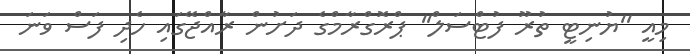
މިއީ ''ޔުނިޓީ ތުރޫ ފުޓްސަލް'' ޕްރޮގްރާމްގެ ދަށުން ރާއްޖޭގައި ހެދި ފަސް ވަނަ